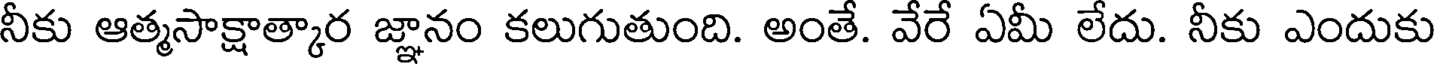
నీకు ఆత్మసాక్షాత్కార జ్ఞానం కలుగుతుంది. అంతే. వేరే ఏమీ లేదు. నీకు ఎందుకు